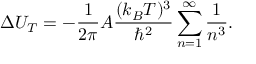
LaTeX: \Delta U _ { T } = - { \frac { 1 } { 2 \pi } } A { \frac { ( k _ { B } T ) ^ { 3 } } { \hbar ^ { 2 } } } \sum _ { n = 1 } ^ { \infty } { \frac { 1 } { n ^ { 3 } } } .